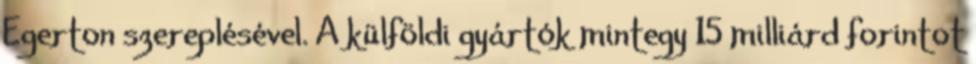
Egerton szereplésével. A külföldi gyártók mintegy 15 milliárd forintot